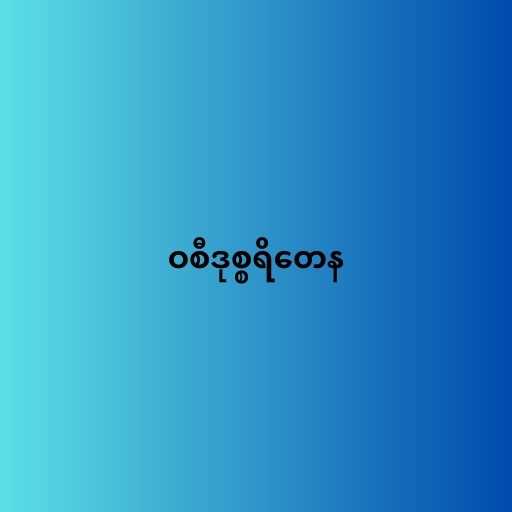
ဝစီဒုစ္စရိတေန